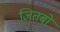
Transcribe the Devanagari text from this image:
जितबो